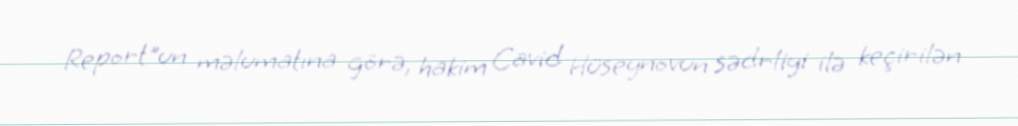
Report"un məlumatına görə, hakim Cavid Hüseynovun sədrliyi ilə keçirilən